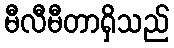
မီလီမီတာရှိသည်